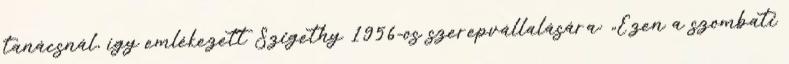
tanácsnál, így emlékezett Szigethy 1956-os szerepvállalására: „Ezen a szombati